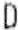
D